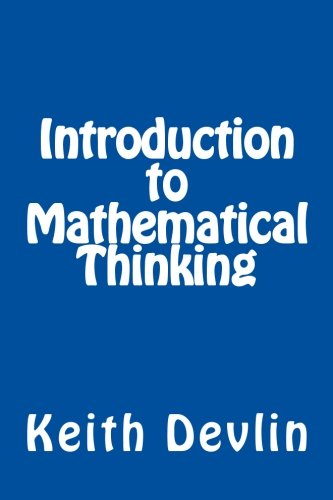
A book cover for Introduction to Mathematical Thinking; Keith Devlin; Science & Math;